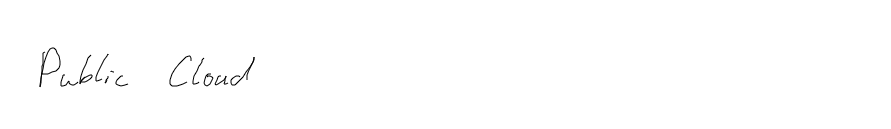
Public Cloud